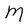
Character: M